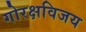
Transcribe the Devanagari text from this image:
गोरक्षविजय